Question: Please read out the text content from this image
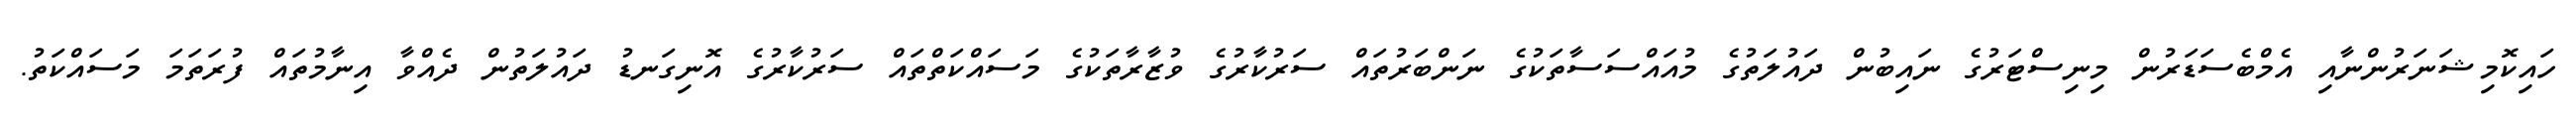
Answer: ހައިކޮމިޝަނަރުންނާއި އެމްބެސަޑަރުން މިނިސްޓަރުގެ ނައިބުން ދައުލަތުގެ މުއައްސަސާތަކުގެ ނަންބަރުތައް ސަރުކާރުގެ ވުޒާރާތަކުގެ މަސައްކަތްތައް ސަރުކާރުގެ އޮނިގަނޑު ދައުލަތުން ދެއްވާ އިނާމުތައް ފުރަތަމަ މަސައްކަތު.